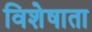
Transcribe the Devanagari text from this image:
विशेषाता